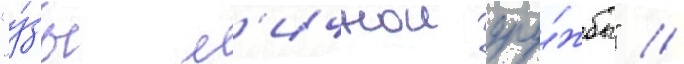
"у́зы л'ичнои дру́жбы" //